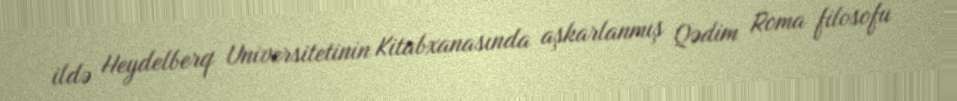
ildə Heydelberq Universitetinin Kitabxanasında aşkarlanmış Qədim Roma filosofu